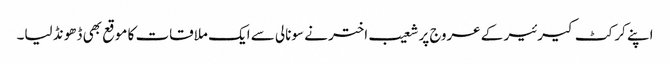
اپنے کرکٹ کیرئیر کے عروج پر شعیب اختر نے سونالی سے ایک ملاقات کا موقع بھی ڈھونڈ لیا۔